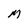
Character: M